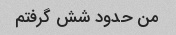
من حدود شش گرفتم